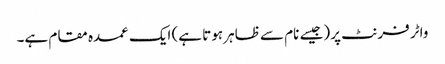
واٹر فرنٹ پر (جیسے نام سے ظاہر ہوتا ہے) ایک عمدہ مقام ہے۔